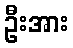
ဦးအား